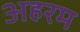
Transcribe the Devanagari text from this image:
अहरम